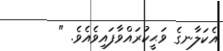
އެކަލާނގެ ވަޙީކުރައްވާފައިވެއެވެ. "